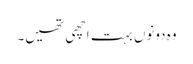
وہ دونوں بہت اچھی تھیں۔